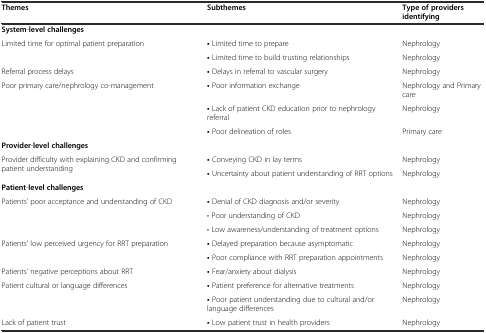
<table><thead><tr><td><b>Themes</b></td><td><b>Subthemes</b></td><td><b>Type of providers identifying</b></td></tr></thead><tbody><tr><td><b>System</b>-<b>level challenges</b></td><td></td><td></td></tr><tr><td rowspan="2">Limited time for optimal patient preparation</td><td><b>•</b> Limited time to prepare</td><td>Nephrology</td></tr><tr><td><b>•</b> Limited time to build trusting relationships</td><td>Nephrology</td></tr><tr><td>Referral process delays</td><td><b>•</b> Delays in referral to vascular surgery</td><td>Nephrology</td></tr><tr><td rowspan="3">Poor primary care/nephrology co-management</td><td><b>•</b> Poor information exchange</td><td>Nephrology and Primary care</td></tr><tr><td><b>•</b> Lack of patient CKD education prior to nephrology referral</td><td>Nephrology</td></tr><tr><td><b>•</b> Poor delineation of roles</td><td>Primary care</td></tr><tr><td><b>Provider</b>-<b>level challenges</b></td><td></td><td></td></tr><tr><td rowspan="2">Provider difficulty with explaining CKD and confirming patient understanding</td><td><b>•</b> Conveying CKD in lay terms</td><td>Nephrology</td></tr><tr><td><b>•</b> Uncertainty about patient understanding of RRT options</td><td>Nephrology</td></tr><tr><td><b>Patient</b>-<b>level challenges</b></td><td></td><td></td></tr><tr><td rowspan="3">Patients’ poor acceptance and understanding of CKD</td><td><b>•</b> Denial of CKD diagnosis and/or severity</td><td>Nephrology</td></tr><tr><td>• Poor understanding of CKD</td><td>Nephrology</td></tr><tr><td>• Low awareness/understanding of treatment options</td><td>Nephrology</td></tr><tr><td rowspan="2">Patients’ low perceived urgency for RRT preparation</td><td><b>•</b> Delayed preparation because asymptomatic</td><td>Nephrology</td></tr><tr><td><b>•</b> Poor compliance with RRT preparation appointments</td><td>Nephrology</td></tr><tr><td>Patients’ negative perceptions about RRT</td><td><b>•</b> Fear/anxiety about dialysis</td><td>Nephrology</td></tr><tr><td rowspan="2">Patient cultural or language differences</td><td><b>•</b> Patient preference for alternative treatments</td><td>Nephrology</td></tr><tr><td><b>•</b> Poor patient understanding due to cultural and/or language differences</td><td>Nephrology</td></tr><tr><td>Lack of patient trust</td><td><b>•</b> Low patient trust in health providers</td><td>Nephrology</td></tr></tbody></table>